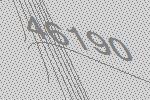
46190